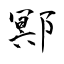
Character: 鄍